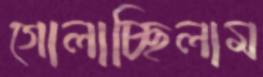
গোলাচ্ছিলাম